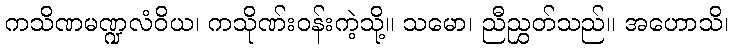
ကသိဏမဏ္ဍလံဝိယ၊ ကသိုဏ်းဝန်းကဲ့သို့။ သမော၊ ညီညွှတ်သည်။ အဟောသိ၊